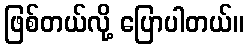
ဖြစ်တယ်လို့ ပြောပါတယ်။